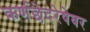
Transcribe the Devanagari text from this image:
कर्णछेदरेषेवर